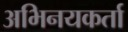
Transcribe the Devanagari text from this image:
अभिनयकर्ता